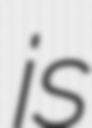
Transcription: is